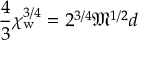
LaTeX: { \frac { 4 } { 3 } } \chi _ { \mathrm { w } } ^ { 3 / 4 } = 2 ^ { 3 / 4 } { \mathfrak { M } } ^ { 1 / 2 } d